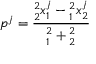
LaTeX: p ^ { j } = \frac { \l _ { 2 } ^ { 2 } x _ { 1 } ^ { j } - \l _ { 1 } ^ { 2 } x _ { 2 } ^ { j } } { \l _ { 1 } ^ { 2 } + \l _ { 2 } ^ { 2 } }